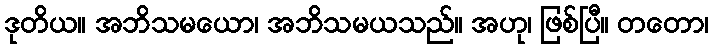
ဒုတိယ။ အဘိသမယော၊ အဘိသမယသည်။ အဟု၊ ဖြစ်ပြီ။ တတော၊